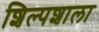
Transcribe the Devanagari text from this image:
शिल्पशाला